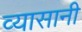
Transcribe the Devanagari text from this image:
व्यासानी